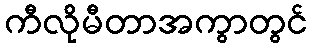
ကီလိုမီတာအကွာတွင်